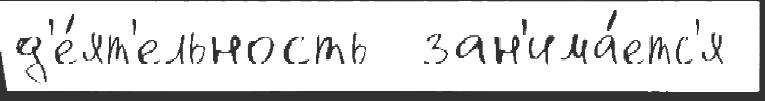
д'е́ят'ельность  зан'има́етс'я